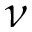
\nu